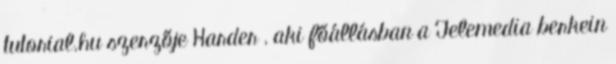
tutorial.hu szerzője Harder , aki főállásban a Telemedia berkein